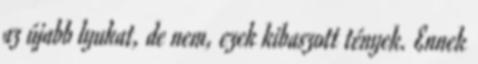
az újabb lyukat, de nem, ezek kibaszott tények. Ennek